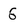
Character: 6